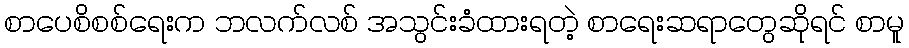
စာပေစိစစ်ရေးက ဘလက်လစ် အသွင်းခံထားရတဲ့ စာရေးဆရာတွေဆိုရင် စာမူ